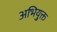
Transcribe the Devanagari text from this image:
अभियु्क्त